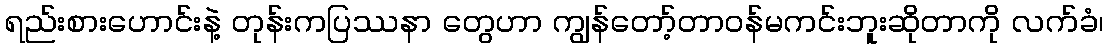
ရည်းစားဟောင်းနဲ့ တုန်းကပြဿနာ တွေဟာ ကျွန်တော့်တာဝန်မကင်းဘူးဆိုတာကို လက်ခံ၊